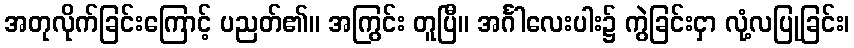
အတုလိုက်ခြင်းကြောင့် ပညတ်၏။ အကြွင်း တူပြီ။ အင်္ဂါလေးပါး၌ ကွဲခြင်းငှာ လုံ့လပြုခြင်း၊